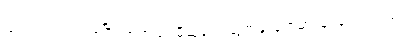
ဘဝသံသရာက စပြီး အကယ်ဒမီဆုတွေ ဆွတ်ခူးခဲ့ရာမှာ မြပန်းဝတ်ရည်၊